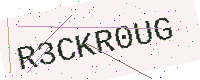
Text: R3CKR0UG